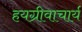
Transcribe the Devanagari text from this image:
हयग्रीवाचार्य